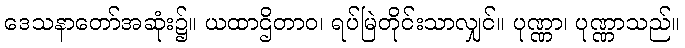
ဒေသနာတော်အဆုံး၌။ ယထာဌိတာဝ၊ ရပ်မြဲတိုင်းသာလျှင်။ ပုဏ္ဏာ၊ ပုဏ္ဏာသည်။